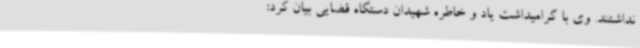
نداشتند. وی با گرامیداشت یاد و خاطره شهیدان دستگاه قضایی بیان کرد: